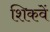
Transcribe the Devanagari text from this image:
शिकवें